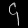
Digit: ၄